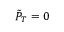
\tilde { { P } } _ { T } = 0